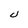
Character: U